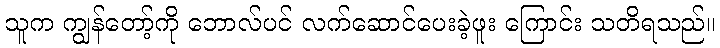
သူက ကျွန်တော့်ကို ဘောလ်ပင် လက်ဆောင်ပေးခဲ့ဖူး ကြောင်း သတိရသည်။